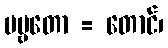
ပဗ္ဗတော = တောင်၊